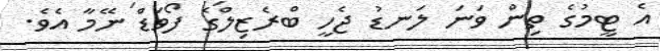
އެ ޓީމުގެ ތިން ވަނަ ލަނޑު ޖެހީ ބްރެޒިލްގެ ފޯވަޑް ނޭމާ އެވެ.